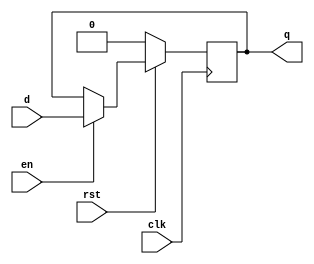
//-------------------------------------------------------------------------
// Design     : syncrst_dff
// Descrition : posedge clk, clock enable, reset d-flip flop
// Revision   : 1.0
//-------------------------------------------------------------------------
module syncrst_dff (
  input clk,     // System clock
  input en,      // System enable
  input rst,     // System reset
  input  d,      // input
  output reg q); // output

always @(posedge clk)
  begin
    if (~rst)
      q <= 1'b0;
    else if (en)
      q <= d;
  end
endmodule